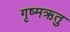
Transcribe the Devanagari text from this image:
गृष्‍मऋतु